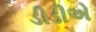
ડીડીએ